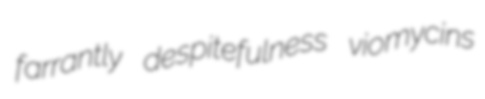
farrantly despitefulness viomycins